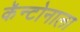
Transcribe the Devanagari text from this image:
कॅन्टोनाला